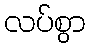
လပ်စွာ